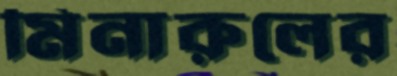
মিনারুলের